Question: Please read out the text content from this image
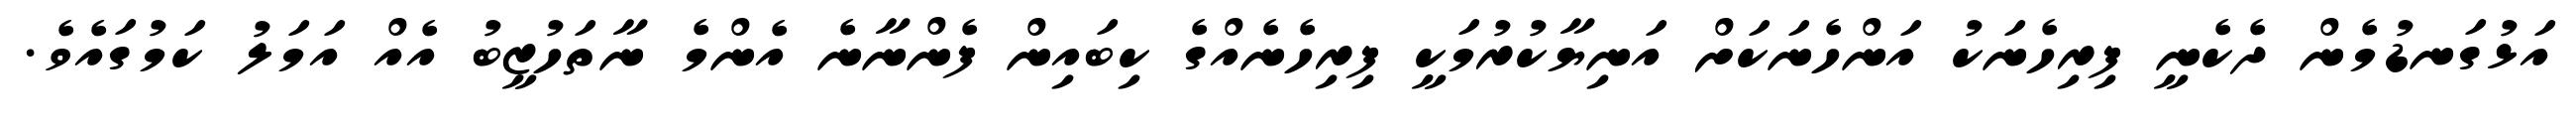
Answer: އަޅުގަނޑުމެން ދެކެނީ ފިރިހެނަކު އަންހެނަކަށް އަނިޔާކުރުމަކީ ފިރިހެނެއްގެ ކިބައިން ފެންނާނެ އެންމެ ނާތަހުޒީބު އެއް އަމަލު ކަމުގައެވެ.